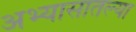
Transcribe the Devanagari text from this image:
अभ्यासातल्या